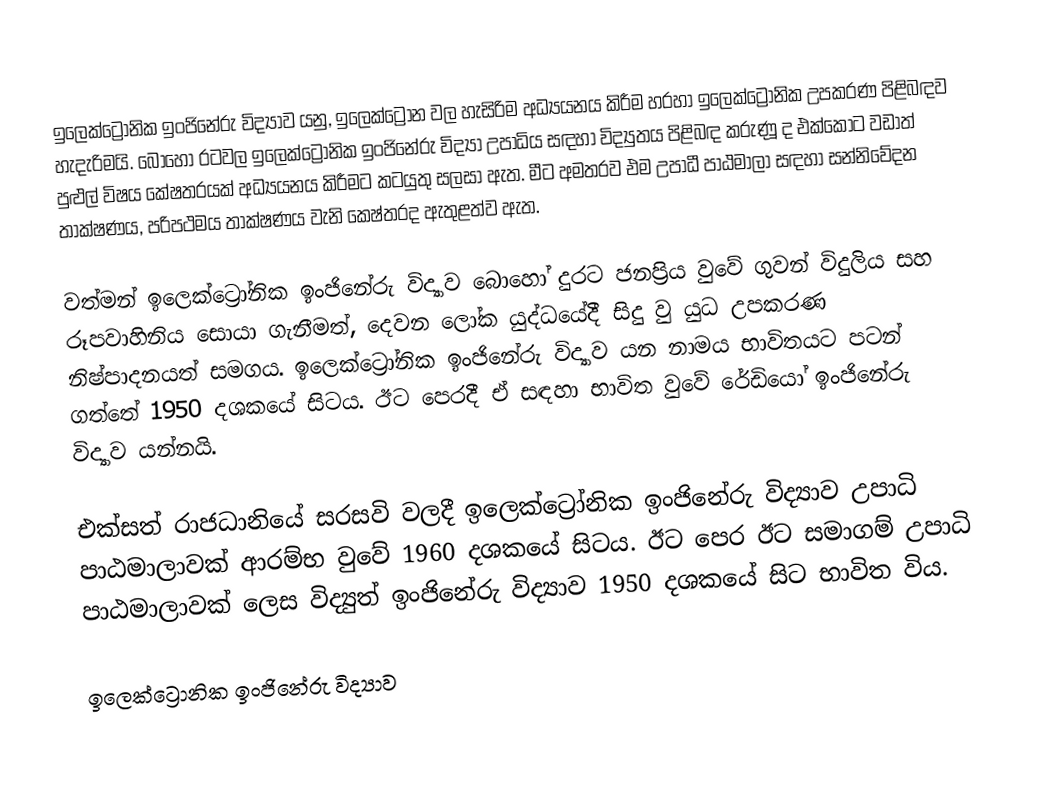
ඉලෙක්ට්‍රෝනික ඉංජිනේරු විද්‍යාව යනු, ඉලෙක්ට්‍රෝන වල හැසිරිම අධ්‍යයනය කිරීම හරහා ඉලෙක්ට්‍රෝනික උපකරණ පිළිබඳව හැදැරිමයි. බොහෝ රටවල ඉලෙක්ට්‍රෝනික ඉංජිනේරු විද්‍යා උපාධිය සඳහා විද්‍යුතය පිළිබඳ කරුණූ ද එක්කොට වඩාත් පුළුල් විෂය කේෂත‍්‍රයක් අධ්‍යයනය කිරීමට කටයුතු සලසා ඇත. මීට අමතරව එම උපාධී පාඨමාලා සඳහා සන්නිවේදන තාක්ෂණය, පරිපථමය තාක්ෂණය වැනි කෙෂ්ත‍්‍රද ඇතුළත්ව ඇත.

වත්මන් ඉලෙක්ට්‍රෝනික ඉංජිනේරු විද්‍යාව බොහෝ දුරට ජනප‍්‍රිය වුවේ ගුවන් විදුලිය සහ රූපවාහිනිය සොයා ගැනීමත්, දෙවන ලෝක යුද්ධයේදී සිදු වු යුධ උපකරණ නිෂ්පාදනයත් සමගය. ඉලෙක්ට්‍රෝනික ඉංජිනේරු විද්‍යාව යන නාමය භාවිතයට පටන් ගත්තේ 1950 දශකයේ සිටය. ඊට පෙරදී ඒ සඳහා භාවිත වුවේ රේඩියෝ ඉංජිනේරු විද්‍යාව යන්නයි.

එක්සත් රාජධානියේ සරසවි වලදී ඉලෙක්ට්‍රෝනික ඉංජිනේරු විද්‍යාව උපාධි පාඨමාලාවක් ආරම්භ වුවේ 1960 දශකයේ සිටය. ඊට පෙර ඊට සමාගම් උපාධි පාඨමාලාවක් ලෙස විද්‍යුත් ඉංජිනේරු විද්‍යාව 1950 දශකයේ සිට භාවිත විය.

ඉලෙක්ට්‍රොනික ඉංජිනේරු විද්‍යාව